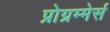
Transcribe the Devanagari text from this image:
प्रोग्रम्मेर्स